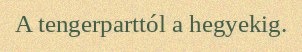
A tengerparttól a hegyekig.